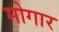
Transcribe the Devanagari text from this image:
मोगार